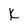
Character: K